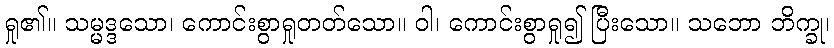
ရှု၏။ သမ္မဒ္ဒသော၊ ကောင်းစွာရှုတတ်သော။ ဝါ၊ ကောင်းစွာရှု၍ ပြီးသော။ သဘော ဘိက္ခု၊